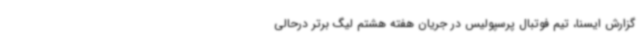
گزارش ایسنا، تیم فوتبال پرسپولیس در جریان هفته هشتم لیگ برتر درحالی